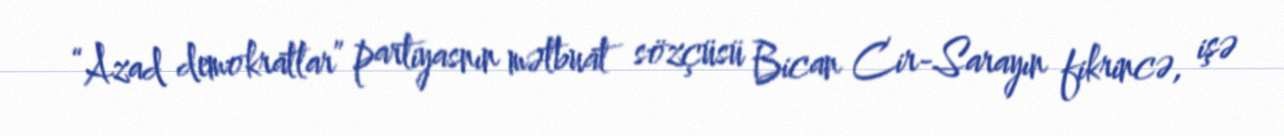
“Azad demokratlar” partiyasnın mətbuat sözçüsü Bican Cir-Sarayın fikrincə, işə